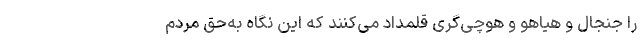
را جنجال و هیاهو و هوچی‌گری قلمداد می‌کنند که این نگاه به‌حق مردم